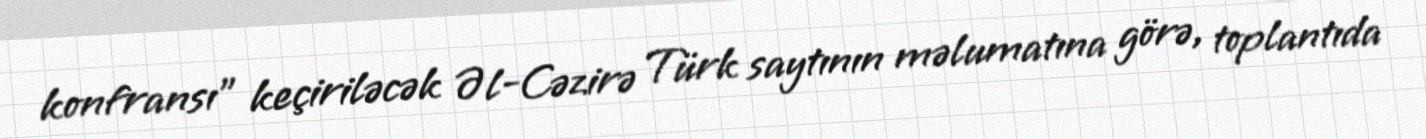
konfransı” keçiriləcək Əl-Cəzirə Türk saytının məlumatına görə, toplantıda